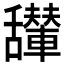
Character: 𱼴